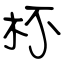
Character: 杯